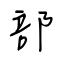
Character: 部